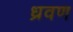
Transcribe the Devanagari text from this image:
ध्रवण